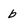
Character: b